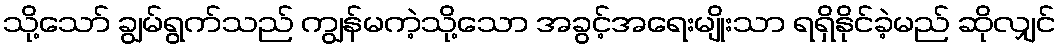
သို့သော် ချွမ်ရွက်သည် ကျွန်မကဲ့သို့သော အခွင့်အရေးမျိုးသာ ရရှိနိုင်ခဲ့မည် ဆိုလျှင်